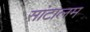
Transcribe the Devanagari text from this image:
सांटालम